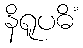
နိရူပဓိံ